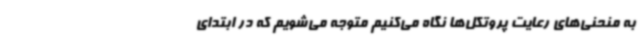
به منحنی‌های رعایت پروتکل‌ها نگاه می‌کنیم متوجه می‌شویم که در ابتدای